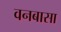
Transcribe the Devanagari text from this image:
वनबासा